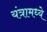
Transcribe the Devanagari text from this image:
यंत्रामध्ये